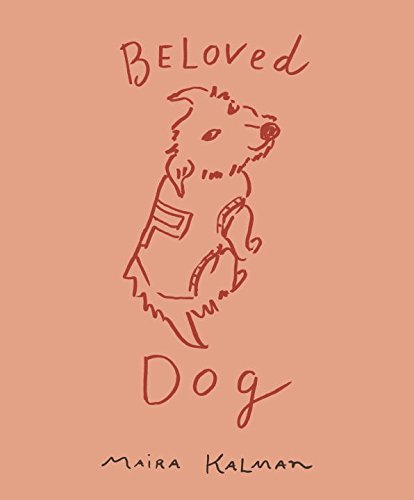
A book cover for Beloved Dog; Maira Kalman; Crafts, Hobbies & Home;